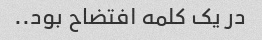
در یک کلمه افتضاح بود..